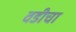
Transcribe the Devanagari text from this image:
वडीचा